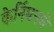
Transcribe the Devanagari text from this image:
केर्निघनचे